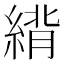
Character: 䋳